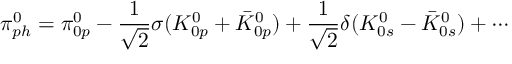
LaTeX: \pi _ { p h } ^ { 0 } = \pi _ { 0 p } ^ { 0 } - \frac { 1 } { \sqrt { 2 } } \sigma ( K _ { 0 p } ^ { 0 } + \bar { K } _ { 0 p } ^ { 0 } ) + \frac { 1 } { \sqrt { 2 } } \delta ( K _ { 0 s } ^ { 0 } - \bar { K } _ { 0 s } ^ { 0 } ) + \cdots